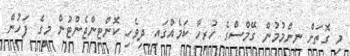
މި ގޮތަށް ނިންމުމުން ގޭމްސްގެ ހުރިހާ ކަމެއްގައި ދިވެހި ކޮންޓިންޖެންޓުން މީގެ ފަހުން